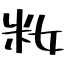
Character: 籹